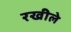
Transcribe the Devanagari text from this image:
रखीले